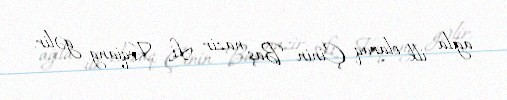
ağıla ilk olaraq Çinin Baş nazir Li Keqiang gəlir.